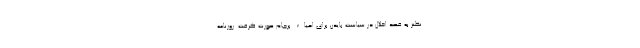
نطنز به قصد اخلال در سیاست بایدن برای احیاء برجام صورت گرفت. روزنامه